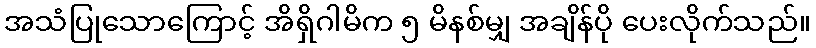
အသံပြုသောကြောင့် အိရှိဂါမိက ၅ မိနစ်မျှ အချိန်ပို ပေးလိုက်သည်။